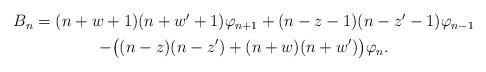
LaTeX: \begin{align*}\begin{gathered}B_n=(n+w+1)(n+w'+1)\varphi_{n+1}+(n-z-1)(n-z'-1)\varphi_{n-1}\\-\bigl((n-z)(n-z')+(n+w)(n+w')\bigr)\varphi_n.\end{gathered}\end{align*}